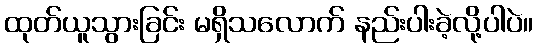
ထုတ်ယူသွားခြင်း မရှိသလောက် နည်းပါးခဲ့လို့ပါပဲ။